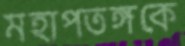
মহাপতঙ্গকে